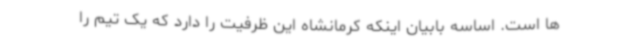
ها است. اساسه بابیان اینکه کرمانشاه این ظرفیت را دارد که یک تیم را